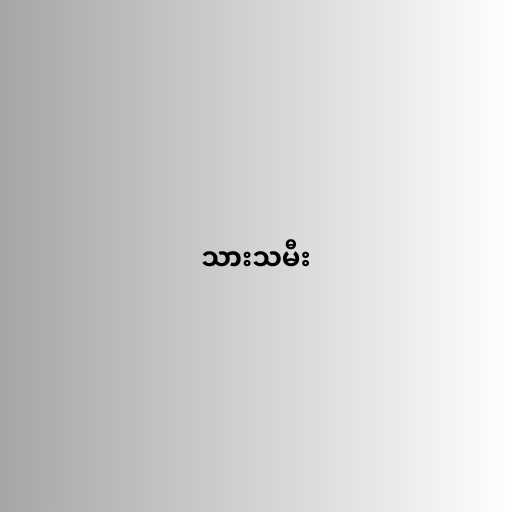
သားသမီး